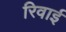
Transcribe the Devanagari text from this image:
रिवाई